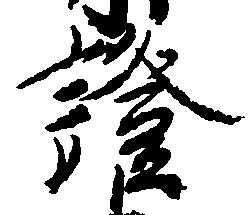
証